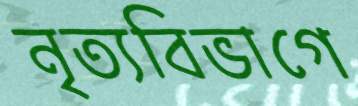
নৃত্যবিভাগে